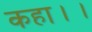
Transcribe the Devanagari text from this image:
कहा।।